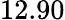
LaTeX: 12.90